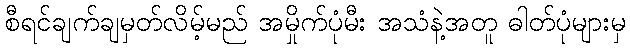
စီရင်ချက်ချမှတ်လိမ့်မည် အမှိုက်ပုံမီး အသံနဲ့အတူ ဓါတ်ပုံများမှ